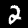
Label: 2